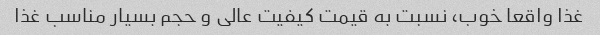
غذا واقعا خوب، نسبت به قیمت کیفیت عالی و حجم بسیار مناسب غذا